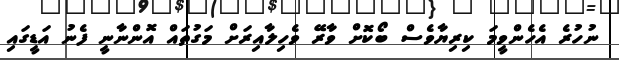
ނުހުރެ އެހެންވީމަ ކިރިޔާވެސް ބޯކޮށް ވާރޭ ވެހިލާއިރަށް މަގުތައް އޮންނާނީ ފެނު އަޑީގައި